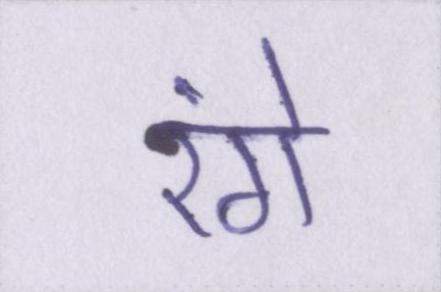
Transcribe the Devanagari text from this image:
रंगे